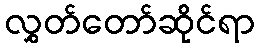
လွှတ်တော်ဆိုင်ရာ